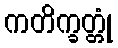
ကတိက္ခတ္တုံ